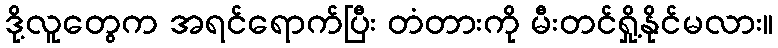
ဒို့လူတွေက အရင်ရောက်ပြီး တံတားကို မီးတင်ရှို့နိုင်မလား။